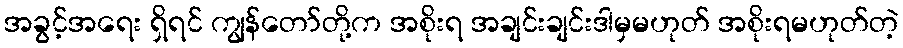
အခွင့်အရေး ရှိရင် ကျွန်တော်တို့က အစိုးရ အချင်းချင်းဒါမှမဟုတ် အစိုးရမဟုတ်တဲ့